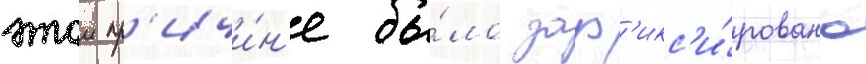
этои пр'ичи́н'е бы́ло заф'икс'и́ровано